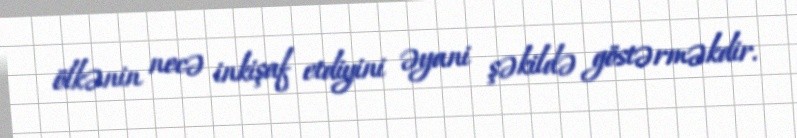
ölkənin necə inkişaf etdiyini əyani şəkildə göstərməkdir.